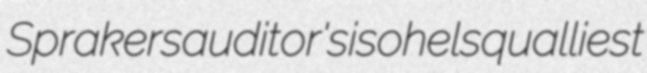
Sprakers auditor's isohel squalliest